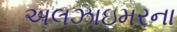
અલઝાઇમરના